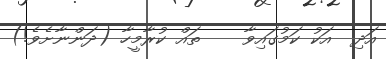
އަދި  އަކު ކަމުގައިވާ    ތައް ކުރާމީހާ (ދަންނާށެވެ!)